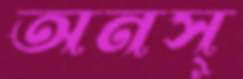
অনস্